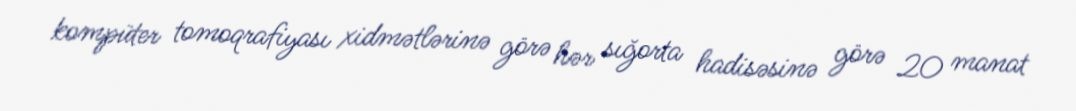
kompüter tomoqrafiyası xidmətlərinə görə hər sığorta hadisəsinə görə 20 manat